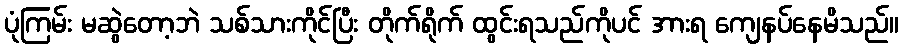
ပုံကြမ်း မဆွဲတော့ဘဲ သစ်သားကိုင်ပြီး တိုက်ရိုက် ထွင်းရသည်ကိုပင် အားရ ကျေနပ်နေမိသည်။